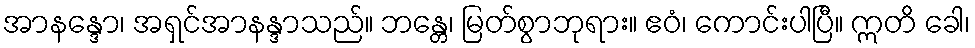
အာနန္ဒော၊ အရှင်အာနန္ဒာသည်။ ဘန္တေ၊ မြတ်စွာဘုရား။ ဧဝံ၊ ကောင်းပါပြီ။ ဣတိ ခေါ၊